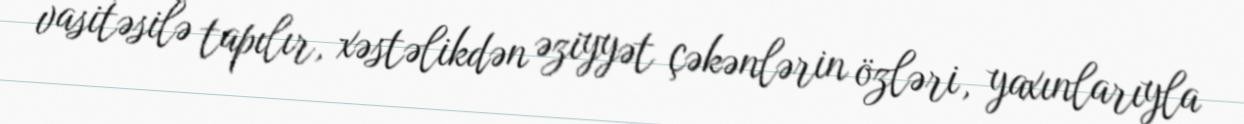
vasitəsilə tapılır, xəstəlikdən əziyyət çəkənlərin özləri, yaxınlarıyla